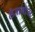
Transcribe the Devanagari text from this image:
लेजामोजा